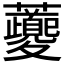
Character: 𧅄